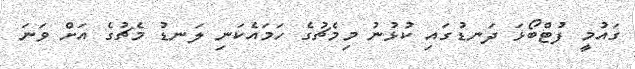
ގައުމީ ފުޓްބޯޅަ ދަނޑުގައި ކުޅުނު މިމެޗުގެ ހަމައެކަނި ލަނޑު މެޗުގެ އަށް ވަނަ